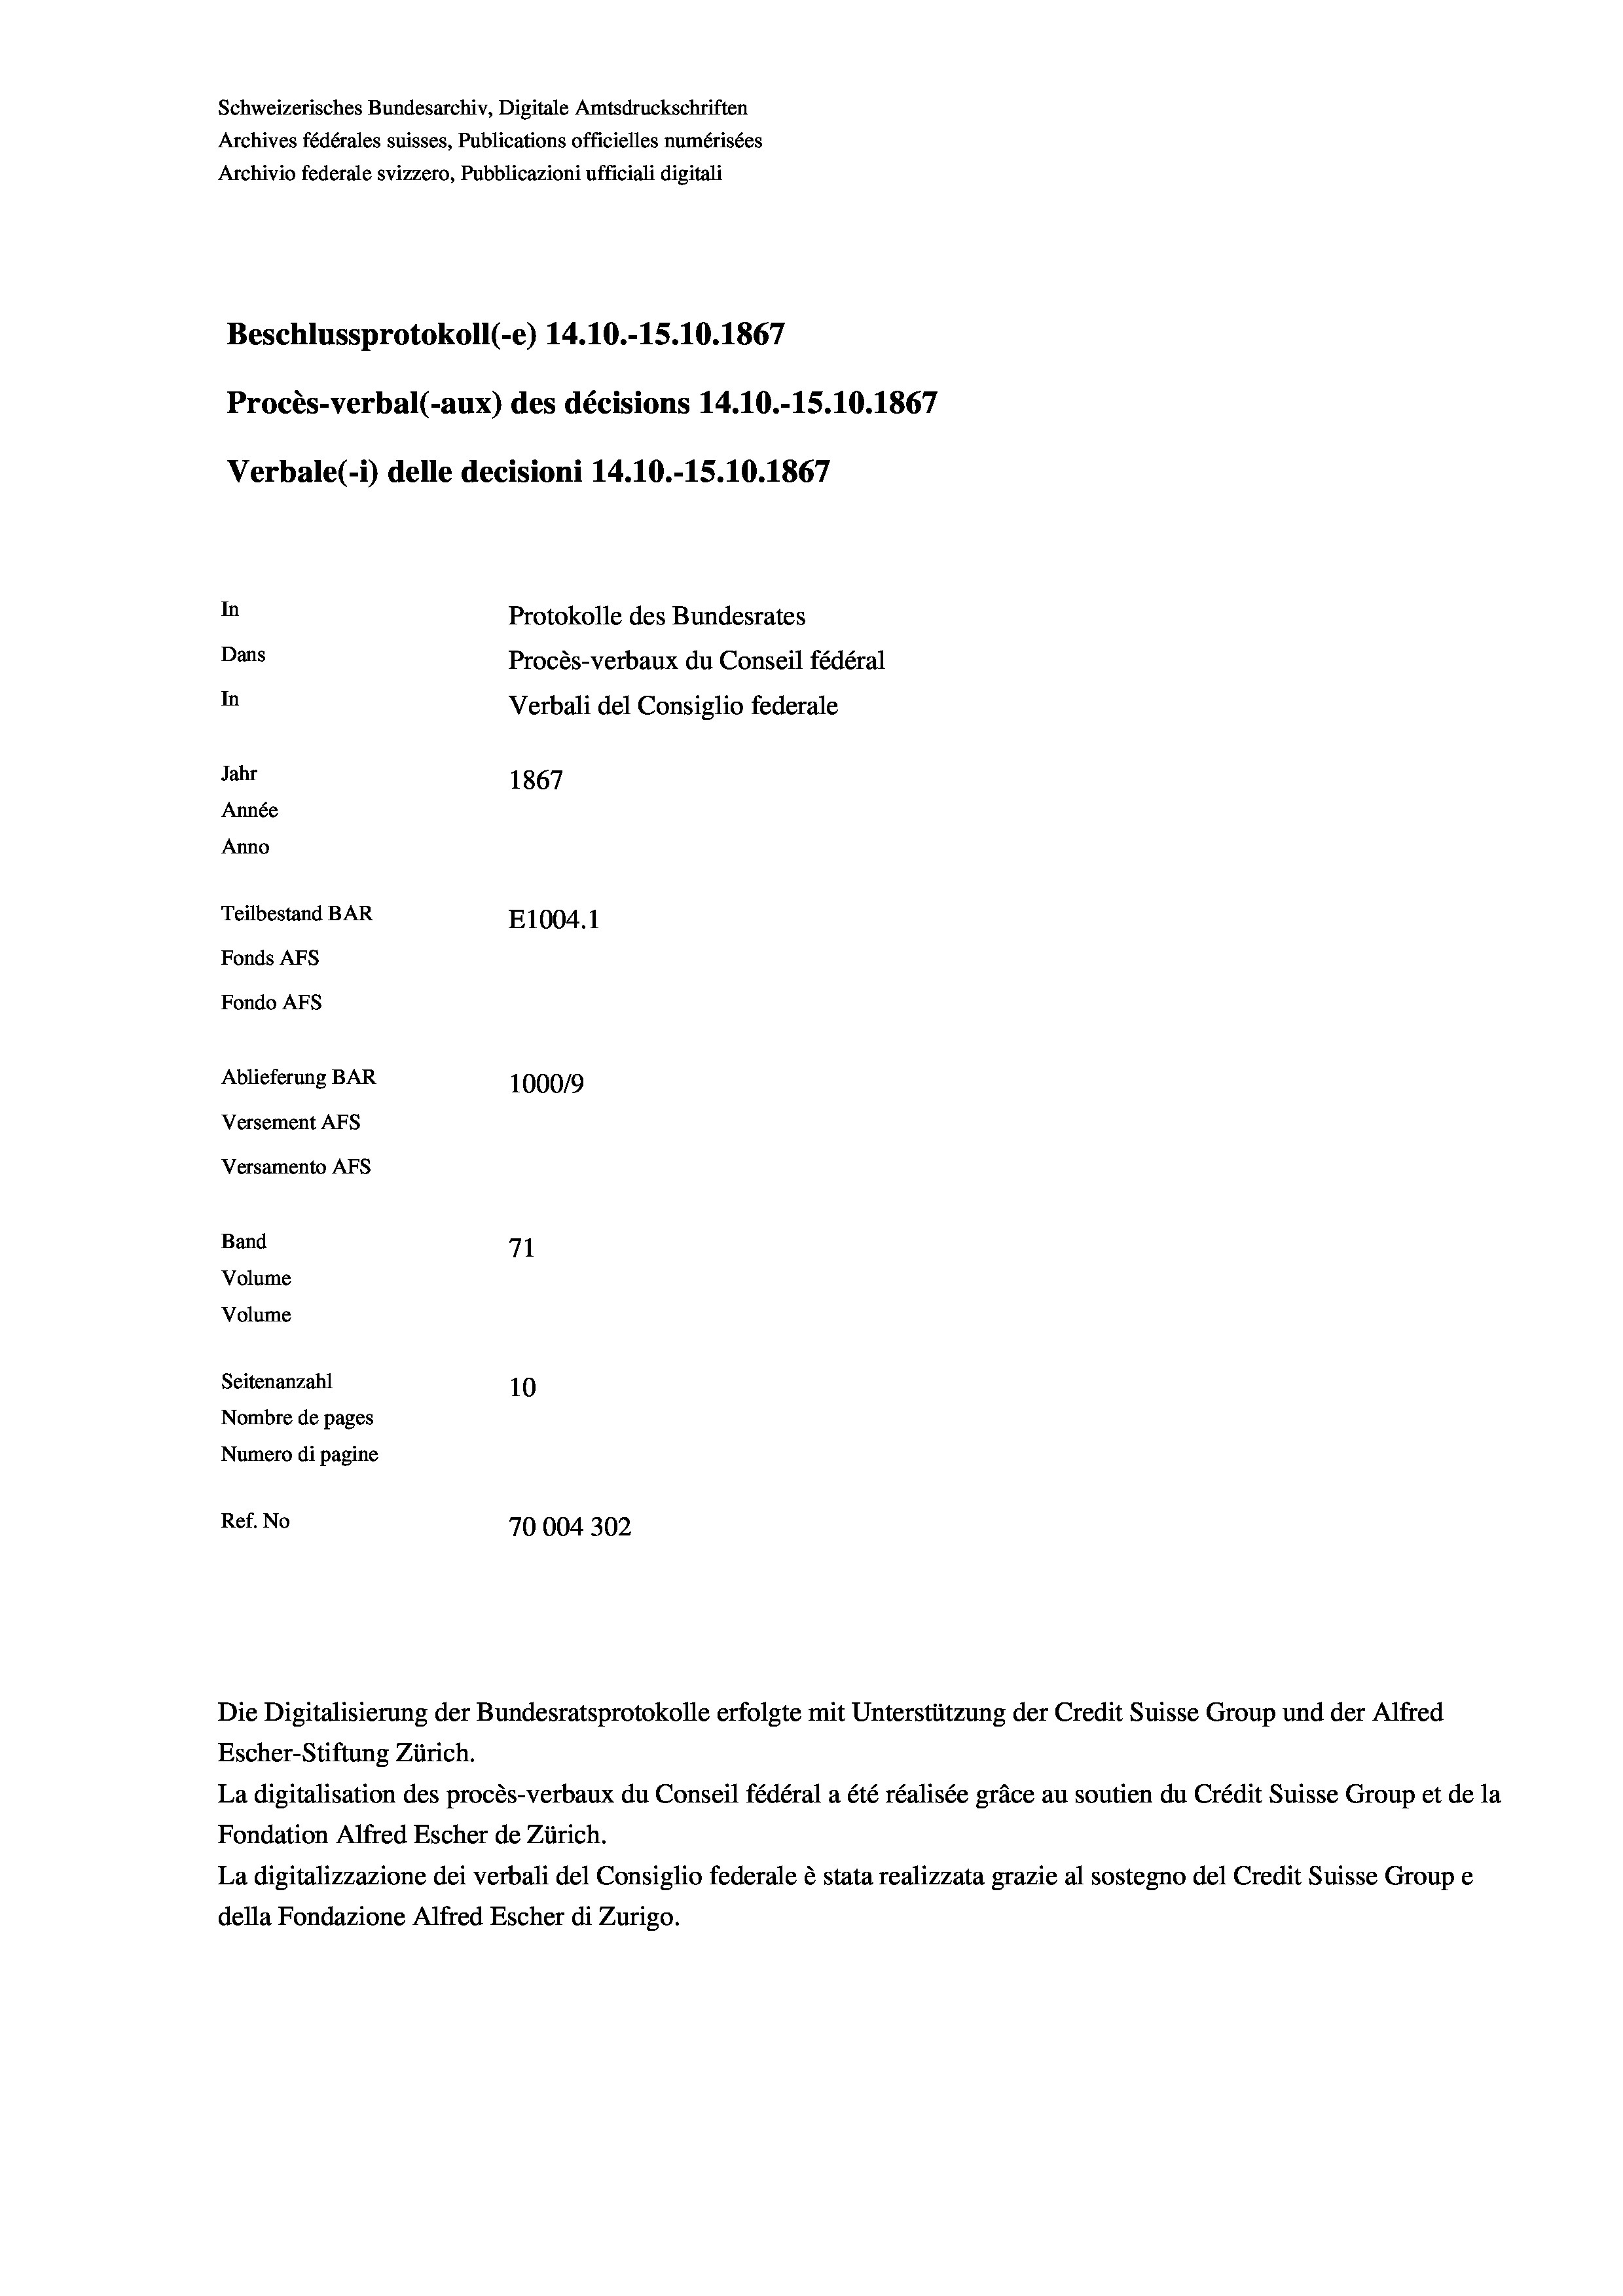
Schweizerisches Bundesarchiv, Digitale Amtsdruckschriften
Archives fédérales suisses, Publications officielles numérisées
Archivio federale svizzero, Pubblicazioni ufficiali digitali
Beschlussprotokoll (-e) 14.10.-15.10.1867
Procès-verbal (-aux) des décisions 14.10.-15.10.1867
Verbale(-*) delle decisioni 14.10.-15.10.1867
In
Protokolle des Bundesrates
Dans
Procès-verbaux du Conseil fédéral
In
Verbali del Consiglio federale
Jahr
1867
Année
Anno
Teilbestand BAR
E1004. 1
Fonds AFs
Fondo AFs
Ablieferung BAR
100019
Versement AFs
Versamento AFs

71
Seitenanzahl
10
Nombre de pages
Numero di pagine
Ref. No
70004302

Band
Volume
Volume

La digitalisation des procès-verbaux du Conseil fédéral a été réalisée gräce au soutien du Crédit Suisse Group et de la
Fondation Alfred Escher de Zürich.
La digitalizzazione dei verbali del Consiglio federale è stata realizzata grazie al sostegno del Credit Suisse Groupe
della Fondazione Alfred Escher di Zurigo.

Escher-Stiftung Zürich.

Die Digitalisierung der Bundesratsprotokolle erfolgte mit Unterstützung der Credit Suisse Group und der Alfred